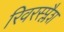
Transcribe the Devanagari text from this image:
रिवरस्प्लैश